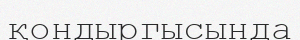
қондыргысында